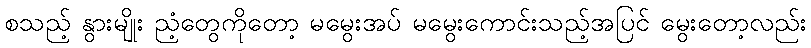
စသည့် နွားမျိုး ညံ့တွေကိုတော့ မမွေးအပ် မမွေးကောင်းသည့်အပြင် မွေးတော့လည်း